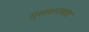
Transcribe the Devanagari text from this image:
गुलशनबाद